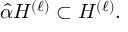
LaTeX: \hat { \alpha } { \cal H } ^ { ( \ell ) } \subset { \cal H } ^ { ( \ell ) } .